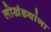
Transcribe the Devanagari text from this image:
लोखंडयांना